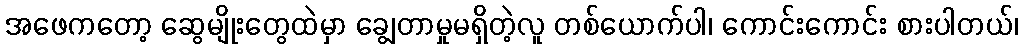
အဖေကတော့ ဆွေမျိုးတွေထဲမှာ ချွေတာမှုမရှိတဲ့လူ တစ်ယောက်ပါ၊ ကောင်းကောင်း စားပါတယ်၊